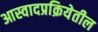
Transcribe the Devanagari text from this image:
आस्वादप्रक्रियेतील